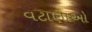
વટાણાઓ